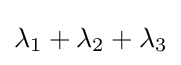
\lambda _{1}+\lambda _{2}+\lambda _{3}